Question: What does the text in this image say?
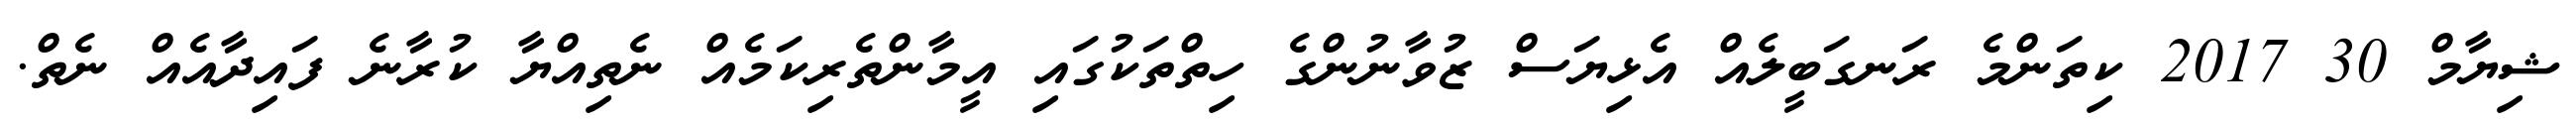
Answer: ޝިޔާމް 30 2017 ކިތަންމެ ރަނގަބީލެއް އެޅިޔަސް ޒުވާނުންގެ ހިތްތަކުގައި އީމާންތެރިކަމެއް ނެތިއްޔާ ކުރާނެ ފައިދާއެއް ނެތް.